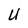
Character: U